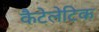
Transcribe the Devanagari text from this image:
कैटेलेटिक